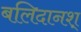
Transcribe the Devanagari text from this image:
बलिदानश्